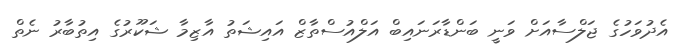
އެދުވަހުގެ ޖަލްސާއަށް ވަނީ ބަންޑާރަނައިބް އަލްއުސްތާޒް އައިޝަތު އާޒިމާ ޝަކޫރުގެ އިތުބާރު ނެތް